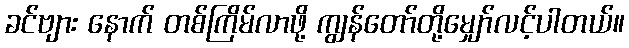
ခင်ဗျား နောက် တစ်ကြိမ်လာဖို့ ကျွန်တော်တို့မျှော်လင့်ပါတယ်။